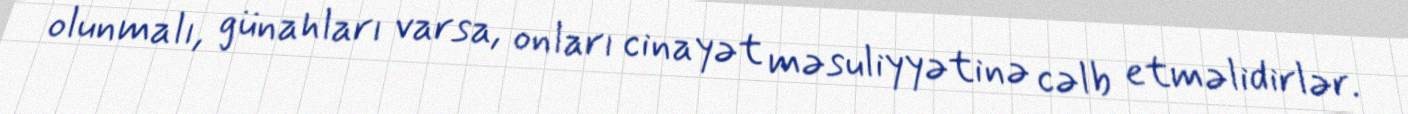
olunmalı, günahları varsa, onları cinayət məsuliyyətinə cəlb etməlidirlər.